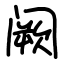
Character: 阙